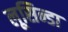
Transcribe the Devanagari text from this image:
लूसिन्डा